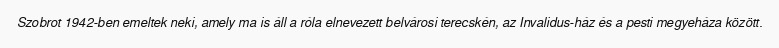
Szobrot 1942-ben emeltek neki, amely ma is áll a róla elnevezett belvárosi terecskén, az Invalidus-ház és a pesti megyeháza között.